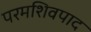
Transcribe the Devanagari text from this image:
परमशिवपाद